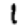
Digit: 1